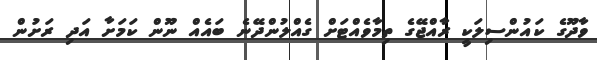
ވާދޫގެ ކައުންސިލަކީ ރާއްޖޭގެ ތިމާވެއްޓަށް ގެއްލުންދޭނެ ބައެއް ނޫން ކަމަށާ އަދި ރަށުން